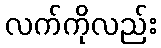
လက်ကိုလည်း